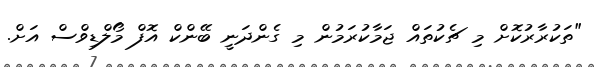
"ތަކުރާރުކޮށް މި ޗެކުތައް ޖަމާކުރަމުން މި ގެންދަނީ ބޭންކް އޮފް މޯލްޑިވްސް އަށް.